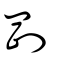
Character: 㓻